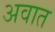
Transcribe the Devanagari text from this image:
अवात